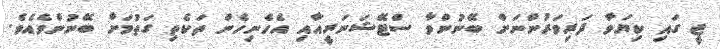
ޖީ ގައި ކިޔަވާ ދަރިވަރުންނަށް ބޭނުންވާ ސްޓޭޝަނަރީއާއި އެހެނިހެން ތަކެތި ގަތުމަށް ބޭނުންވެއެވެ.